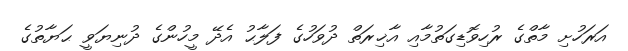
އަރަހުށި މާތްގެ ރުހިވޮޑިގަތުމާއި އާޚިރަތް ދުވަހުގެ ފަލާޙު އެދޭ މީހުންގެ ދުނިޔަވީ ޙަޔާތުގެ